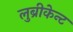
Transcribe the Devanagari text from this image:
लुब्रीकेन्ट